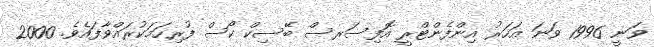
ވަނީ 1996 ވަނަ އަހަރު އިންފެންޓްރީ އޮފިސަރސް ބޭސިކް ކޯސް ފުރިހަމަކުރައްވާފައެވެ. 2000